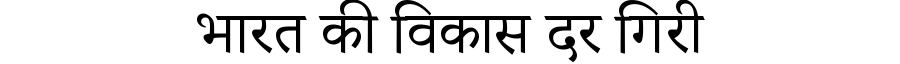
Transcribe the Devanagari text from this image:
भारत की विकास दर गिरी